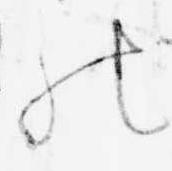
の